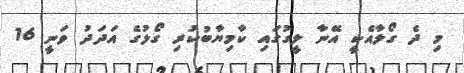
މި ދެ ގޯލާއެކީ އޭނާ ލީގުގައި ކާމިޔާބުކުރި ގޯލުގެ އަދަދު ވަނީ 16